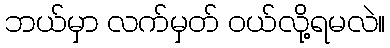
ဘယ်မှာ လက်မှတ် ဝယ်လို့ရမလဲ။